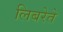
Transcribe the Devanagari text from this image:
लिबरेते